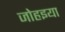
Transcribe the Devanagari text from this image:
जोहइया